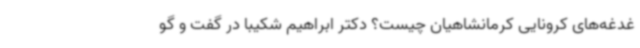
غدغه‌های کرونایی کرمانشاهیان چیست؟ دکتر ابراهیم شکیبا در گفت و گو